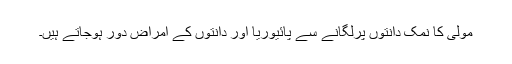
مولی کا نمک دانتوں پرلگانے سے پائیوریا اور دانتوں کے امراض دور ہوجاتے ہیں۔